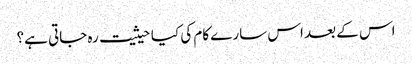
اس کے بعد اس سارے کام کی کیا حیثیت رہ جاتی ہے؟